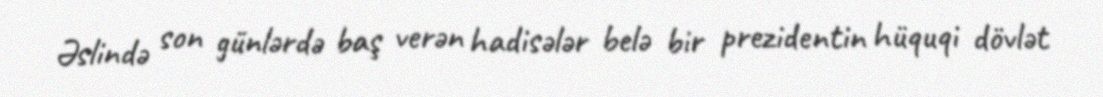
Əslində son günlərdə baş verən hadisələr belə bir prezidentin hüquqi dövlət